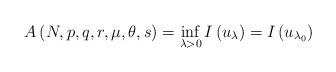
LaTeX: \begin{align*}A\left( N,p,q,r,\mu,\theta,s\right) =\inf_{\lambda>0}I\left( u_{\lambda}\right) =I\left( u_{\lambda_{0}}\right)\end{align*}